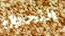
التحول